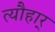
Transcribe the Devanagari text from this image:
त्यौहार्